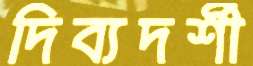
দিব্যদর্শী